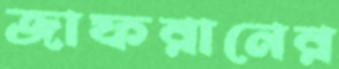
জাফরানের